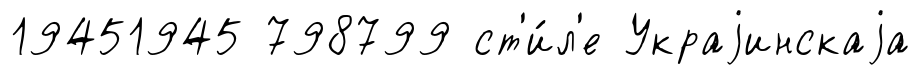
19451945 798799 ст'и́л'е Украjинскаjа